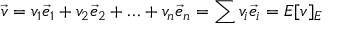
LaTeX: { \vec { v } } = v _ { 1 } { \vec { e } } _ { 1 } + v _ { 2 } { \vec { e } } _ { 2 } + \ldots + v _ { n } { \vec { e } } _ { n } = \sum v _ { i } { \vec { e } } _ { i } = E [ v ] _ { E }